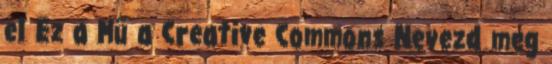
el Ez a Mű a Creative Commons Nevezd meg